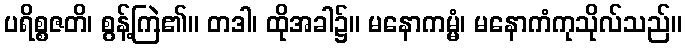
ပရိစ္စဇတိ၊ စွန့်ကြဲ၏။ တဒါ၊ ထိုအခါ၌။ မနောကမ္မံ၊ မနောကံကုသိုလ်သည်။